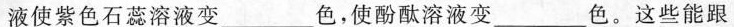
液使紫色石蕊溶液变___色，使酚酞溶液变___色。这些能跟